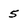
Character: 5